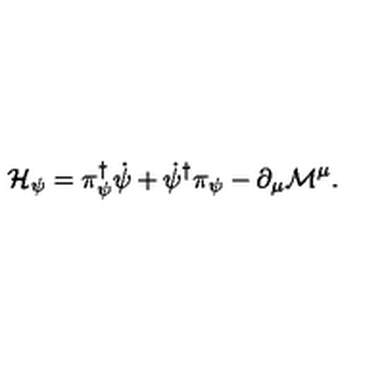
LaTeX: { \cal H } _ { \psi } = \pi _ { \psi } ^ { \dagger } \dot { \psi } + \dot { \psi } ^ { \dagger } \pi _ { \psi } - \partial _ { \mu } { \cal M } ^ { \mu } .